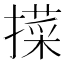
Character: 𢵛